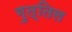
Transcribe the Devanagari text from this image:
गुत्तिल